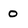
Character: 0